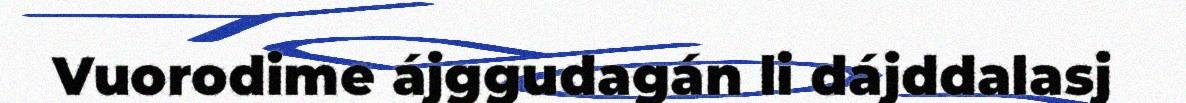
Vuorodime ájggudagán li dájddalasj